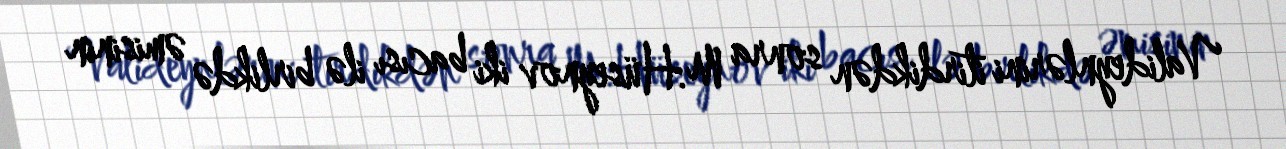
Valideynlərini itirdikdən sonra M.Hüseynov iki bacısı ilə birlikdə əmisinin